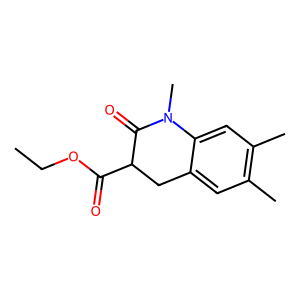
SMILES: CCOC(=O)C1Cc2cc(C)c(C)cc2N(C)C1=O
Inhibits HIV replication: No